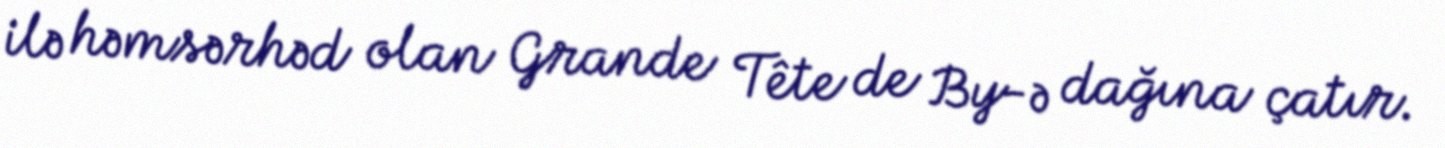
ilə həmsərhəd olan Grande Tête de By-ə dağına çatır.